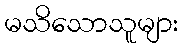
မသိသောသူများ